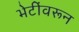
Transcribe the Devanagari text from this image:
भेटींवरून